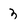
Character: 3